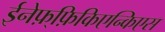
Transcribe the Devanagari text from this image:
ईनेफ़्फ़िकिएन्किएस